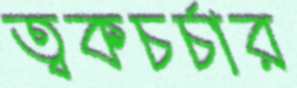
ত্বকচর্চার